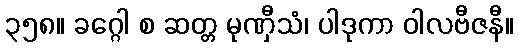
၃၅၈။ ခဂ္ဂေါ စ ဆတ္တ မုဏှီသံ၊ ပါဒုကာ ဝါလဗီဇနီ။